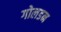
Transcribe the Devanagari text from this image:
गोलडन